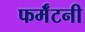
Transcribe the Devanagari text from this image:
फर्मॅटनी